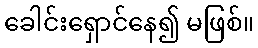
ခေါင်းရှောင်နေ၍ မဖြစ်။